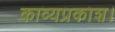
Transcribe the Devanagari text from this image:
काव्यप्रकाश।